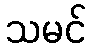
သမင်